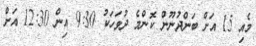
މެއި 15 އަށް ބަންދުނޫން ކޮންމެ ދުވަހަކު 9:30 އިން 12:30 އަށް